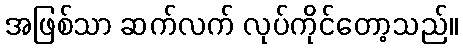
အဖြစ်သာ ဆက်လက် လုပ်ကိုင်တော့သည်။